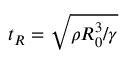
t _ { R } = \sqrt { \rho R _ { 0 } ^ { 3 } / \gamma }